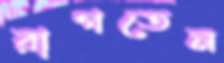
রাগতেন